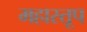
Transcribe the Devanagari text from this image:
महास्तूप